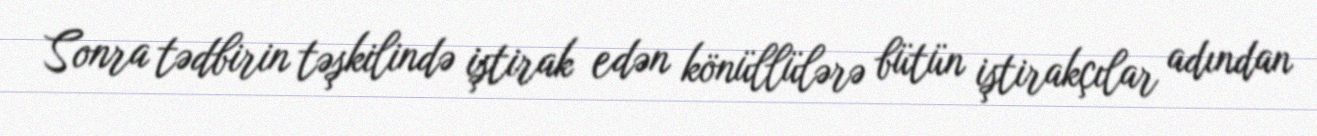
Sonra tədbirin təşkilində iştirak edən könüllülərə bütün iştirakçılar adından